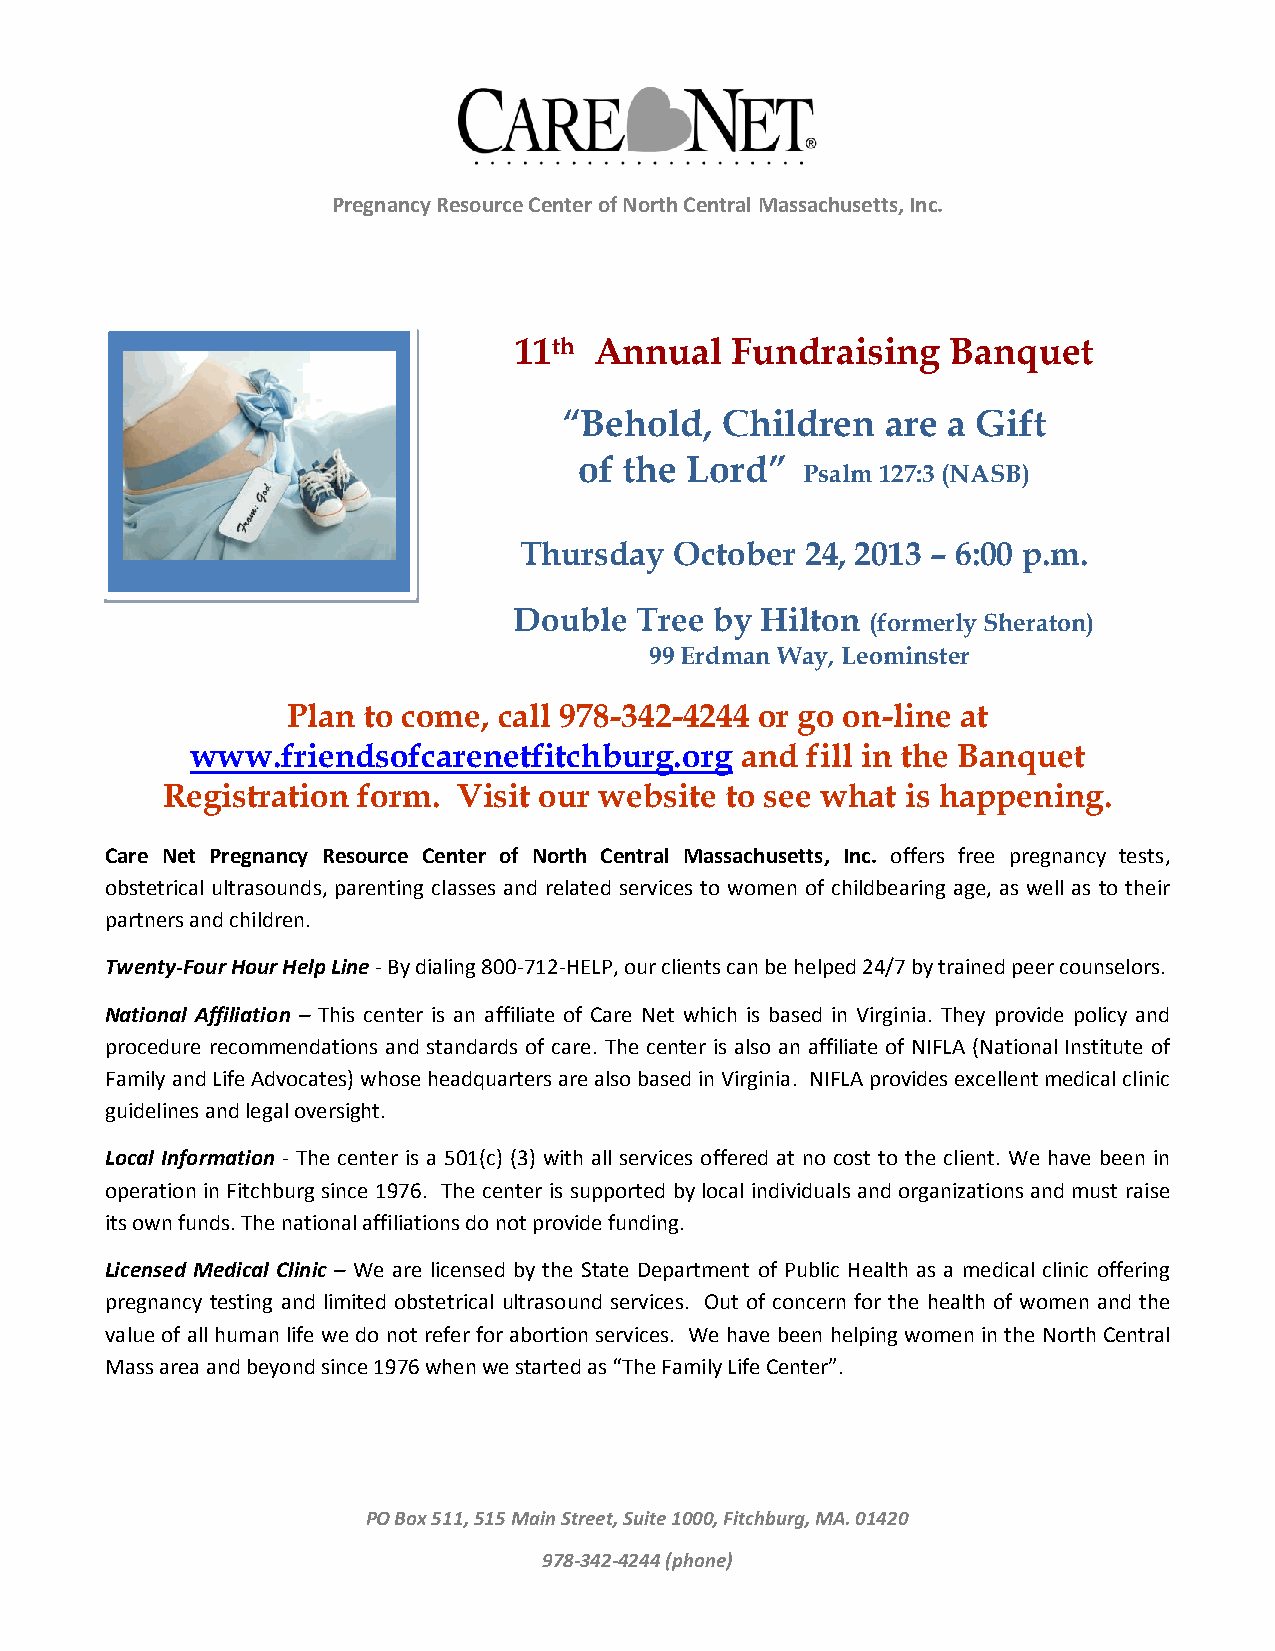
Pregnancy Resource Center of North Central Massachusetts, Inc.
 11th Annual   Fundraising    Banquet
 “Behold,   Children   are a Gift
 of the Lord”
 Psalm 127:3 (NASB)
 Thursday   October 24, 2013 – 6:00 p.m.
 Double  Tree by Hilton  (formerly Sheraton)
 99 Erdman Way, Leominster
 Plan to come, call 978-342-4244 or go on-line at
 www.friendsofcarenetfitchburg.org   and fill in the Banquet
 Registration form. Visit our website to see what is happening.
 Care Net Pregnancy Resource Center of North Central Massachusetts, Inc. offers free pregnancy tests,
 obstetrical ultrasounds, parenting classes and related services to women of childbearing age, as well as to their
 partners and children.
 Twenty-Four Hour Help Line - By dialing 800-712-HELP, our clients can be helped 24/7 by trained peer counselors.
 National Affiliation – This center is an affiliate of Care Net which is based in Virginia. They provide policy and
 procedure recommendations and standards of care. The center is also an affiliate of NIFLA (National Institute of
 Family and Life Advocates) whose headquarters are also based in Virginia. NIFLA provides excellent medical clinic
 guidelines and legal oversight.
 Local Information - The center is a 501(c) (3) with all services offered at no cost to the client. We have been in
 operation in Fitchburg since 1976. The center is supported by local individuals and organizations and must raise
 its own funds. The national affiliations do not provide funding.
 Licensed Medical Clinic – We are licensed by the State Department of Public Health as a medical clinic offering
 pregnancy testing and limited obstetrical ultrasound services. Out of concern for the health of women and the
 value of all human life we do not refer for abortion services. We have been helping women in the North Central
 Mass area and beyond since 1976 when we started as “The Family Life Center”.
 PO Box 511, 515 Main Street, Suite 1000, Fitchburg, MA. 01420
 978-342-4244 (phone)